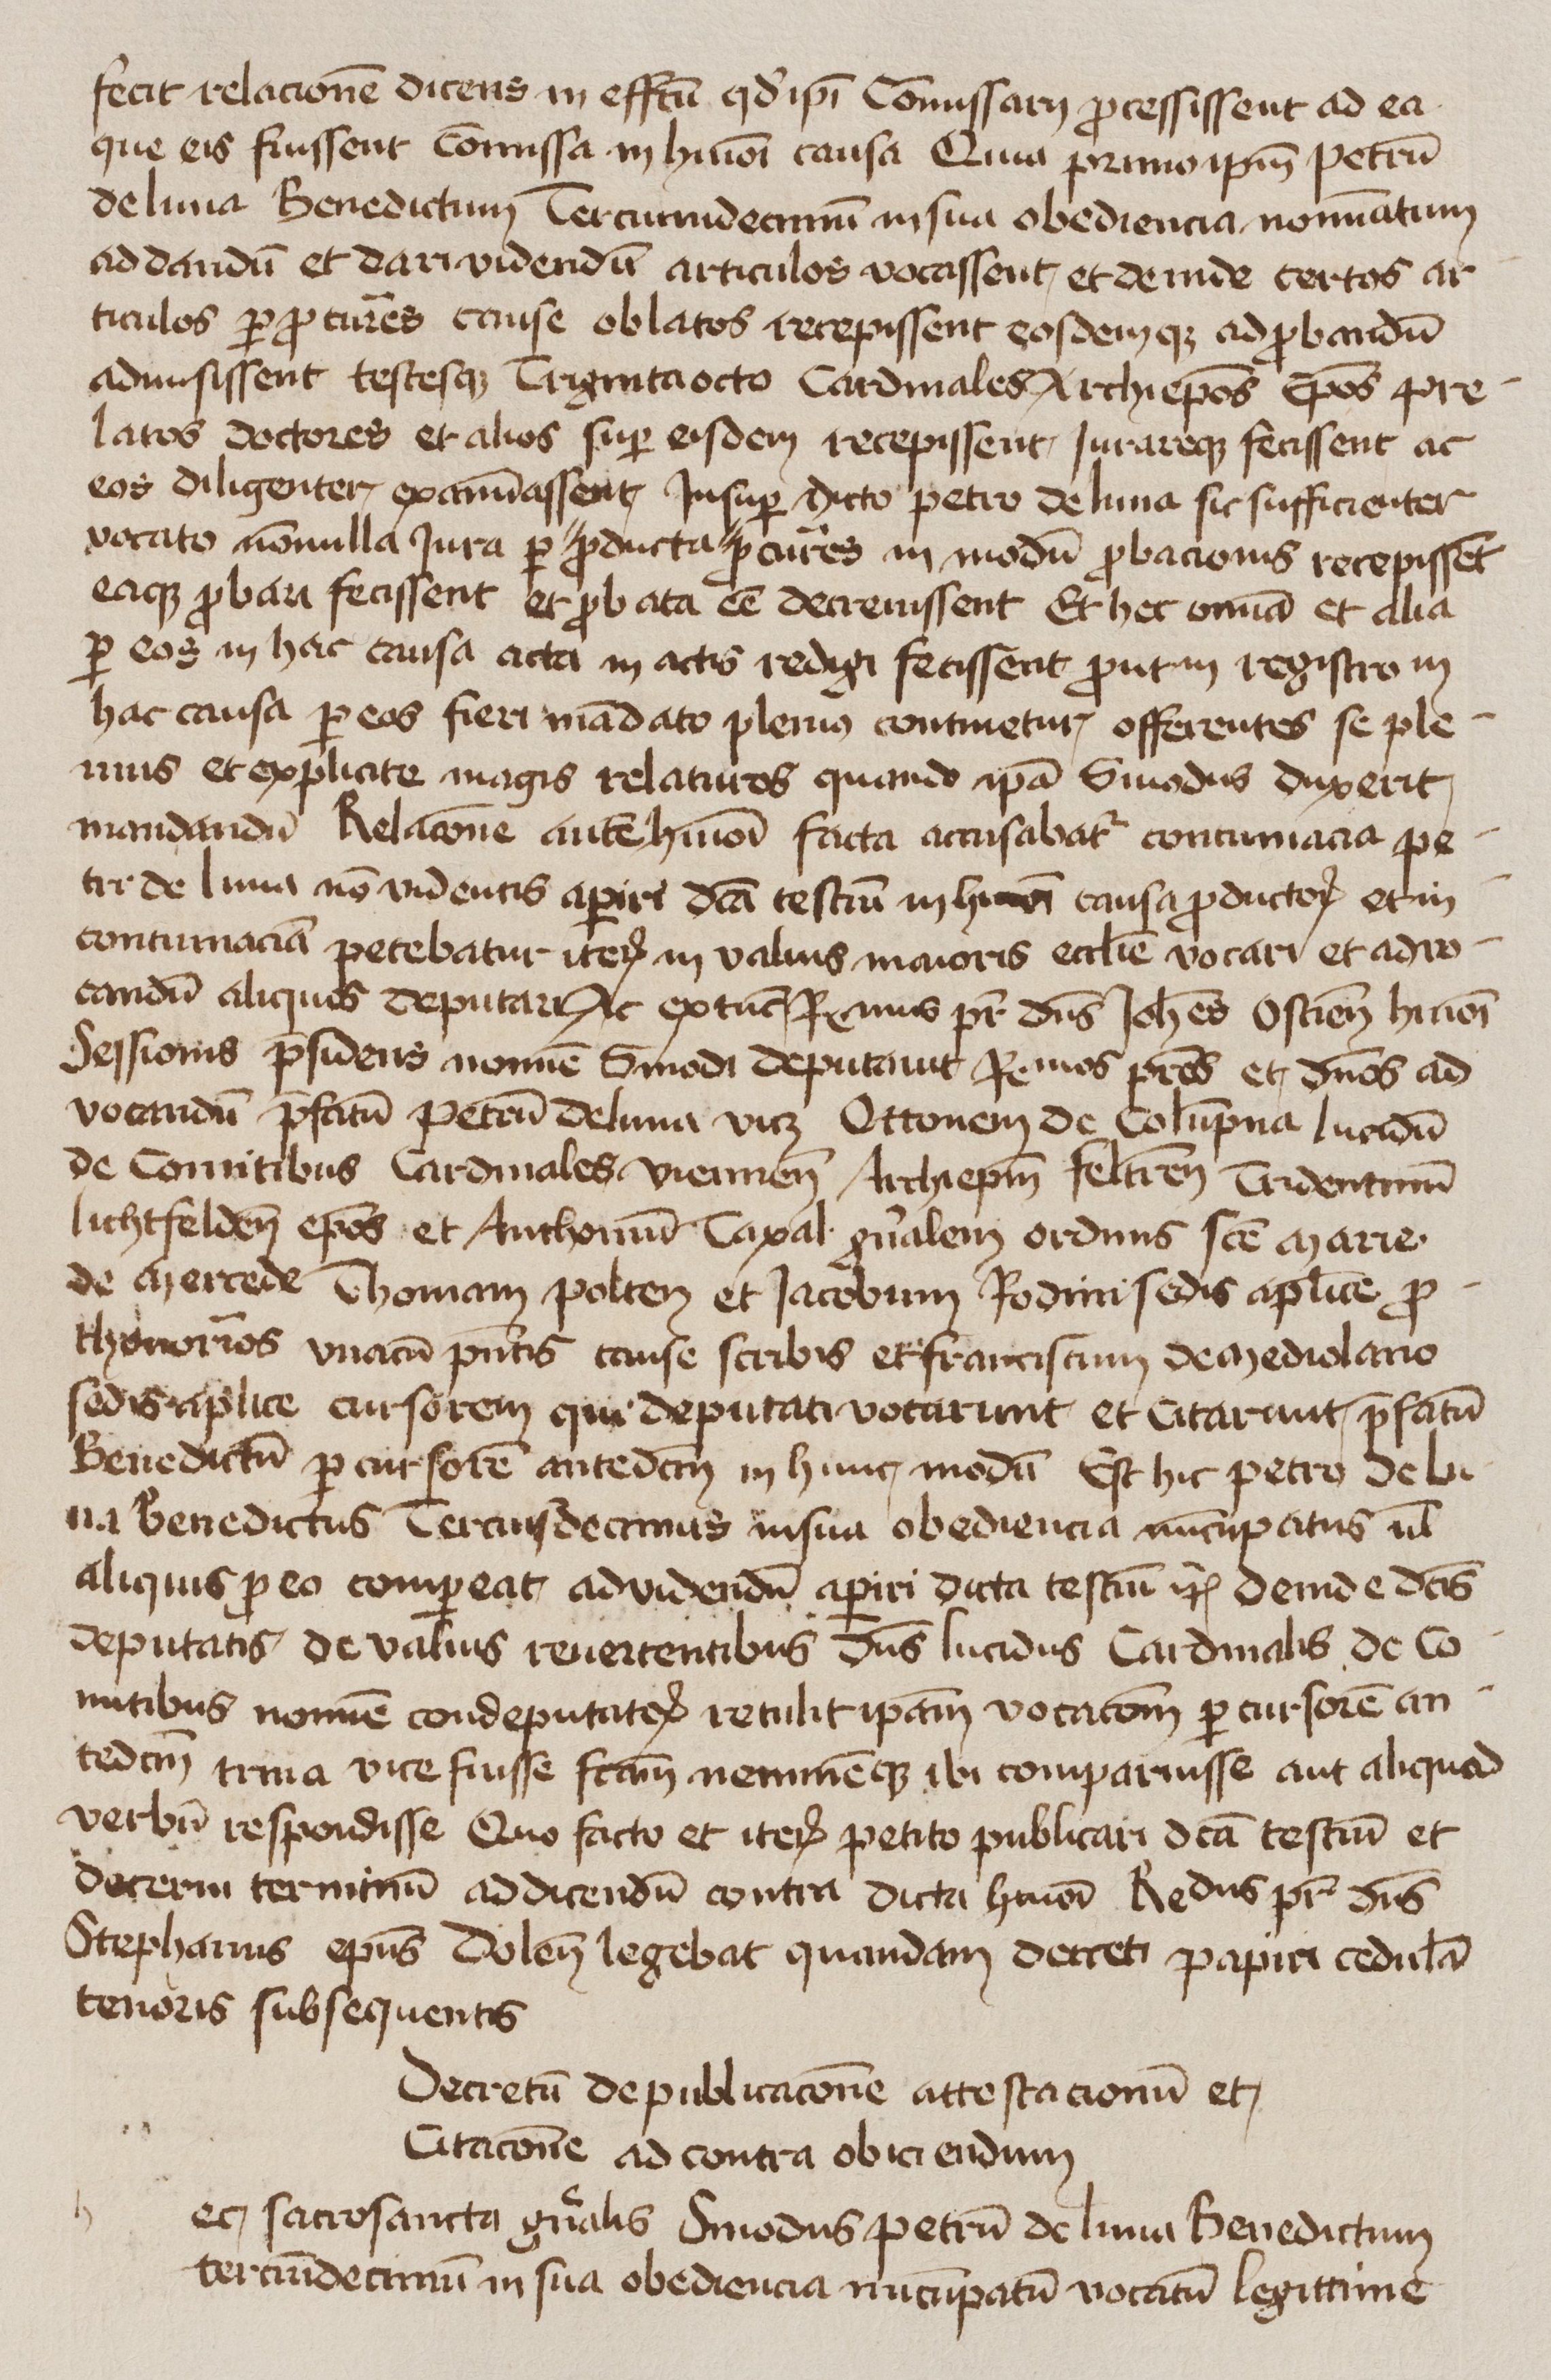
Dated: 1425–1449